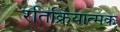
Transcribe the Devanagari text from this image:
रतिक्रियात्मक